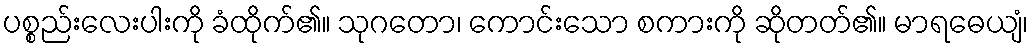
ပစ္စည်းလေးပါးကို ခံထိုက်၏။ သုဂတော၊ ကောင်းသော စကားကို ဆိုတတ်၏။ မာရဓေယျံ၊